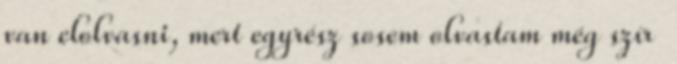
van elolvasni, mert egyrész sosem olvastam még szír